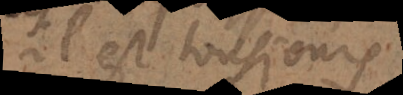
il est tousjours